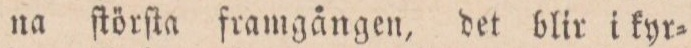
na ſtörſta framgången, det blir i kyr=